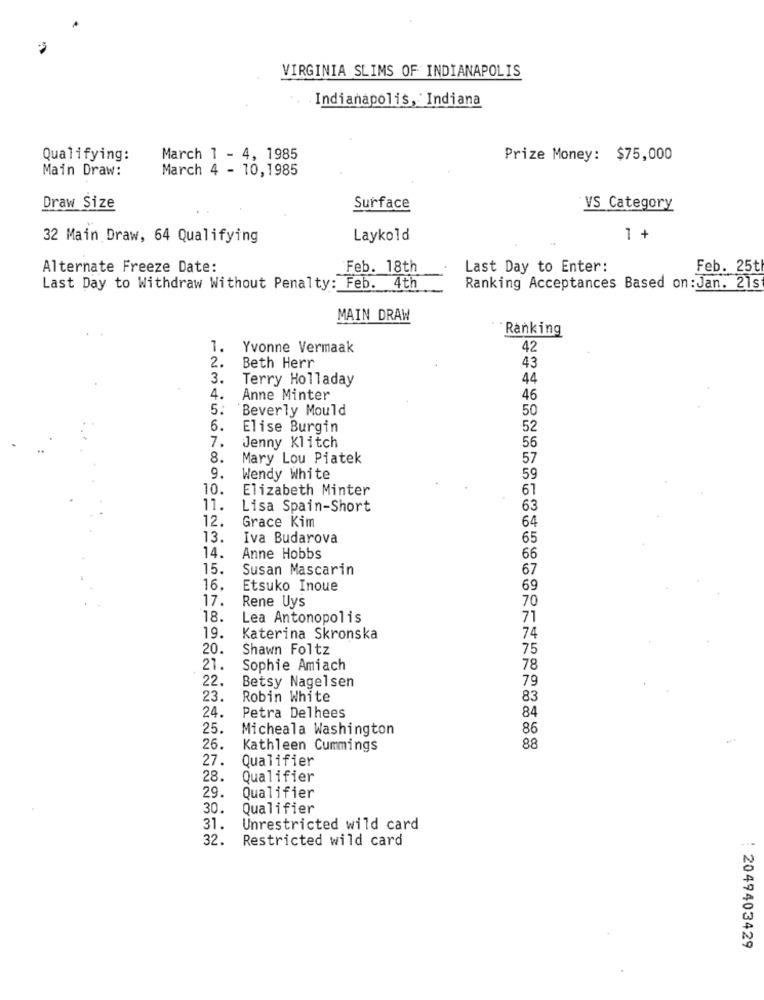
VIRGINIA SLIMS OF INDIANAPOLIS
Indianapolis, Indiana
Qualifying:
March 1 - 4, 1985
Prize Money: $75,000
Main Draw:
March 4 - 10,1985
Draw Size
Surface
VS Category
32 Main Draw, 64 Qualifying
Laykold
1 +
Alternate Freeze Date:
Feb. 18th
Last Day to Enter:
Feb. 25th
Last Day to Withdraw Without Penalty: Feb. 4th
Ranking Acceptances Based on: Jan. 21s
MAIN DRAW
Ranking
1. Yvonne Vermaak
42
2.
Beth Herr
43
3.
Terry Holladay
44
4.
Anne Minter
46
5:
Beverly Mould
50
6.
Elise Burgin
52
7.
Jenny Klitch
56
8.
Mary Lou Piatek
57
9.
Wendy White
59
10.
Elizabeth Minter
61
11.
Lisa Spain-Short
63
12.
Grace Kim
64
13.
Iva Budarova
65
14.
Anne Hobbs
66
15.
Susan Mascarin
67
16.
Etsuko Inoue
69
17.
Rene Uys
70
18.
Lea Antonopolis
71
19.
Katerina Skronska
74
20.
Shawn Foltz
75
21.
Sophie Amiach
78
22.
Betsy Nagelsen
79
23.
Robin White
83
24.
Petra Delhees
84
25.
Micheala Washington
86
26.
Kathleen Cummings
88
27.
Qualifier
28.
Qualifier
29.
Qualifier
30.
Qualifier
31.
Unrestricted wild card
32.
Restricted wild card
: 2049403429